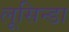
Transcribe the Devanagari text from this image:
लूसिन्डा